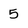
Character: 5